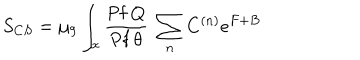
LaTeX: S _ { C S } = \mu _ { 9 } \int _ { x } { \frac { \mathrm { P f } ~ Q } { \mathrm { P f } ~ \theta } } ~ \sum _ { n } C ^ { ( n ) } e ^ { F + B }